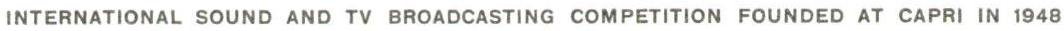
INTERNATIONAL SOUND AND TV BROADCASTING COMPETITION FOUNDED AT CAPRI IN 1948